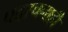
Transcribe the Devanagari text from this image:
पदरचनाही